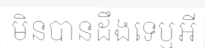
មិនបានដឹងទេឬអី